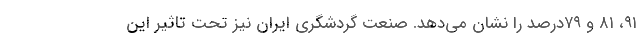
۹۱، ۸۱ و ۷۹درصد را نشان می‌دهد. صنعت گردشگری ایران نیز تحت تاثیر این